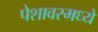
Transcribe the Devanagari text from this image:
पेशावरमध्ये